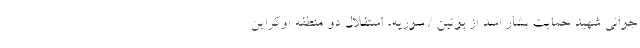
جوانی شهید حمایت بشار اسد از پوتین / سوریه، استقلال دو منطقه اوکراین